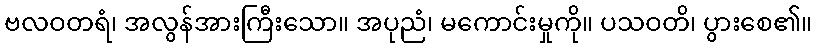
ဗလဝတရံ၊ အလွန်အားကြီးသော။ အပုညံ၊ မကောင်းမှုကို။ ပသဝတိ၊ ပွားစေ၏။